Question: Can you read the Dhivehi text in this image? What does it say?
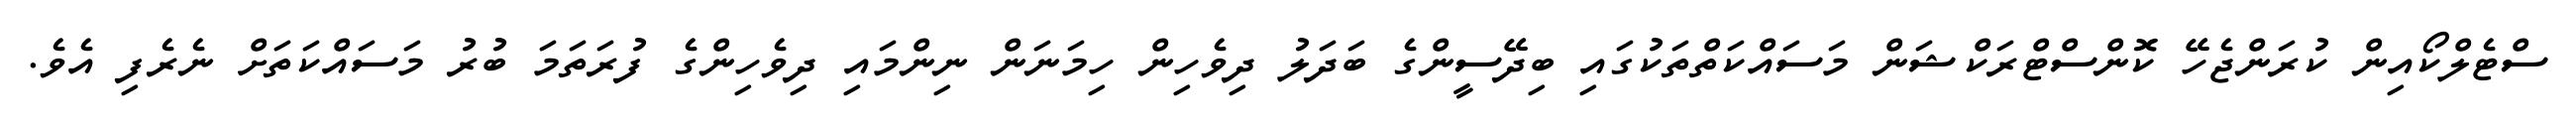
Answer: ސްޓެލްކޯއިން ކުރަންޖެހޭ ކޮންސްޓްރަކްޝަން މަސައްކަތްތަކުގައި ބިދޭސީންގެ ބަދަލު ދިވެހިން ހިމަނަން ނިންމައި ދިވެހިންގެ ފުރަތަމަ ބުރު މަސައްކަތަށް ނެރެފި އެވެ.